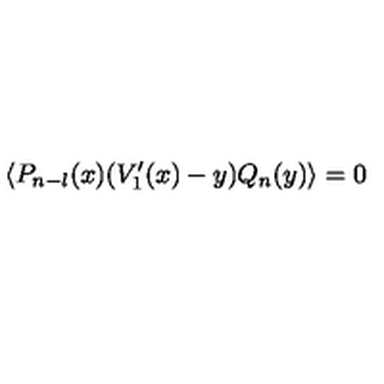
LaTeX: \left\langle P _ { n - l } ( x ) ( V _ { 1 } ^ { \prime } ( x ) - y ) Q _ { n } ( y ) \right\rangle = 0